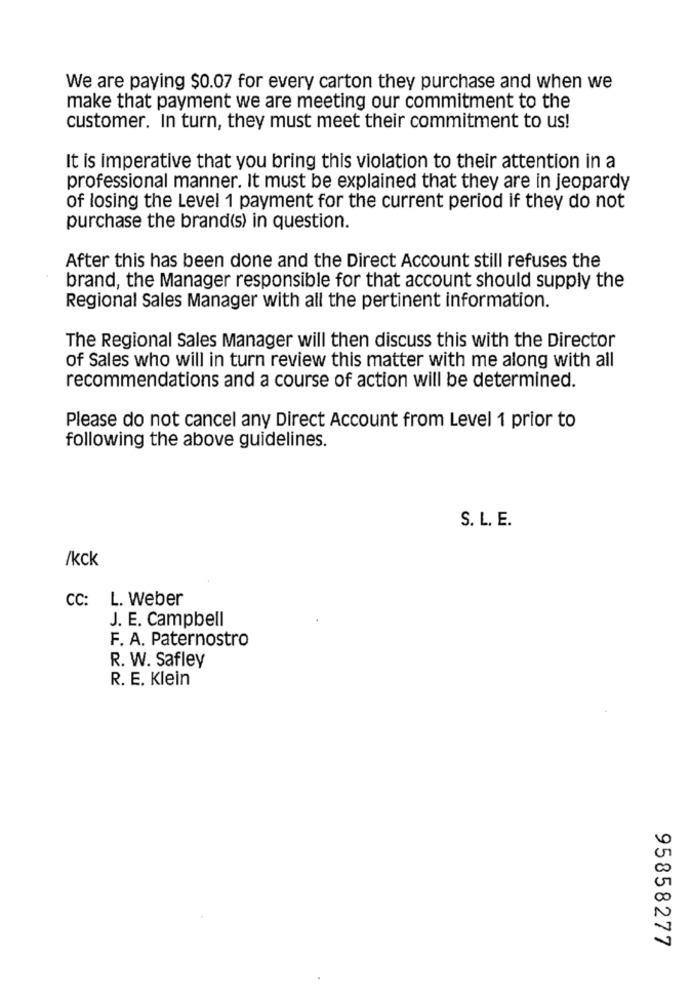
We are paying $0.07 for every carton they purchase and when we
make that payment we are meeting our commitment to the
customer. In turn, they must meet their commitment to us!
It is imperative that you bring this violation to their attention in a
professional manner. It must be explained that they are in jeopardy
of losing the Level 1 payment for the current period if they do not
purchase the brand(s) in question.
After this has been done and the Direct Account still refuses the
brand, the Manager responsible for that account should supply the
Regional Sales Manager with all the pertinent information.
The Regional Sales Manager will then discuss this with the Director
of Sales who will in turn review this matter with me along with all
recommendations and a course of action will be determined.
Please do not cancel any Direct Account from Level 1 prior to
following the above guidelines.
S. L. E.
/kck
CC: L. Weber
J. E. Campbell
F. A. Paternostro
R. W. Safley
R. E. Klein
95858277